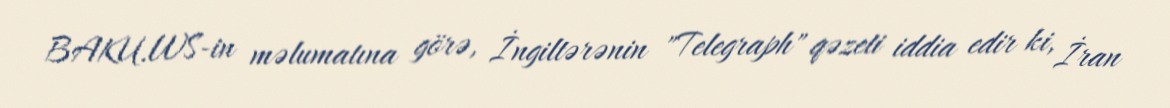
BAKU.WS-in məlumatına görə, İngiltərənin "Telegraph" qəzeti iddia edir ki, İran